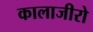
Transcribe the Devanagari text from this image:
कालाजीरो